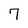
Character: 7